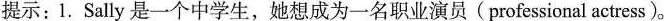
提示：1.Sally是一个中学生，她想成为一名职业演员(professional actress)。